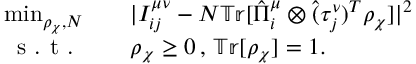
\begin{array} { r l } { \operatorname* { m i n } _ { \rho _ { \chi } , N } \quad } & { | I _ { i j } ^ { \mu \nu } - N \mathbb { T r } [ \hat { \Pi } _ { i } ^ { \mu } \otimes \hat { ( } \tau _ { j } ^ { \nu } ) ^ { T } \rho _ { \chi } ] | ^ { 2 } } \\ { \textrm { s . t . } \quad } & { \rho _ { \chi } \geq 0 \, , \, \mathbb { T r } [ \rho _ { \chi } ] = 1 . } \end{array}